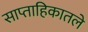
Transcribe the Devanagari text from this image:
साप्ताहिकातले